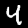
Digit: 4